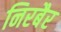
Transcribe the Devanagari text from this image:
निरबैर